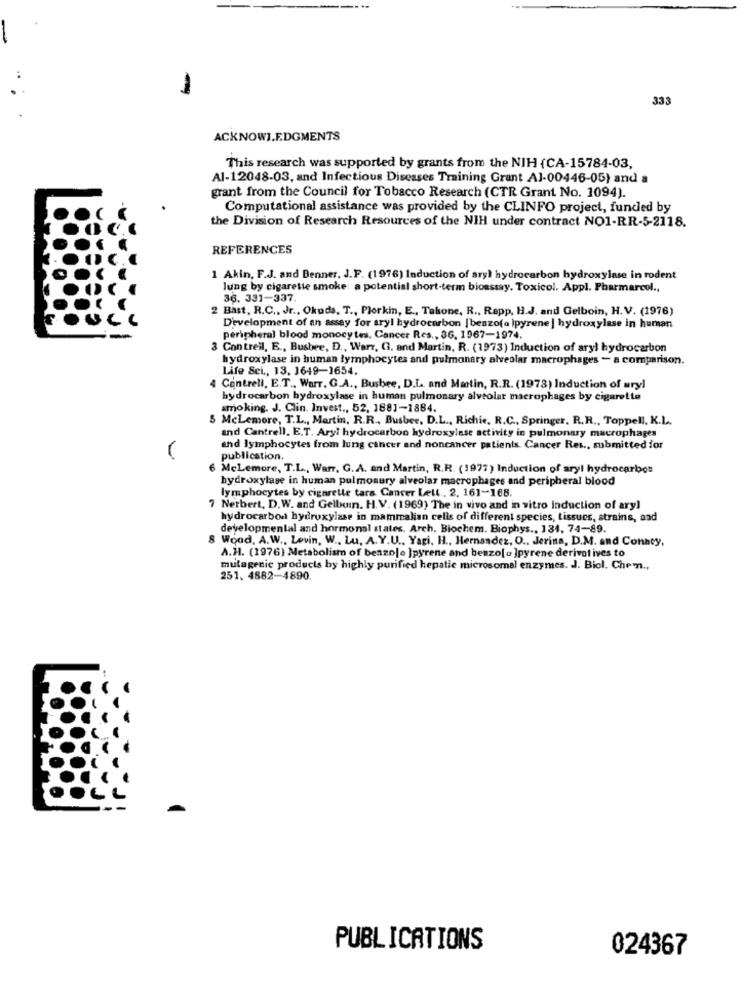
-
333
ACKNOWLEDGMENTS
This research was supported by grants from the NIH (CA-15784-03,
Al-12048-03, and Infectious Diseases Training Grant AJ-00446-05) and a
grant from the Council for Tobacco Research (CTR Grant No. 1094).
Computational assistance was provided by the CLINFO project, funded by
the Division of Research Resources of the NIH under contract NO1-RR-5-2118.
REFERENCES
1 Akin, F.J. and Benner, J.F. (1976) Induction of aryl hydrocarbon hydroxylase in rodent
lung by cigarette smoke: a potential short-term bioassay. Toxicol. Appl. Pharmarcol .,
36. 331-337.
2 Bast, R.C ., Jr ., Okuds. T ., Plorkin, E ., Talone, R ., Rapp, H.J. and Gelboin, H.V. (1976)
Development of an assay for aryl hydrocarbon | benzo(a )pyrene ] hydroxylase in human
peripheral blood monocytes. Cancer Res ., 36, 1967-1974.
3 Contreil, E ., Busbee, D ., Warr, G. and Martin, R. (1973) Induction of aryl hydrocarbon
hydroxylase in human lymphocytes and pulmonary alveolar macrophages - a comparison.
Life Sei ., 13. 1649-1654.
4 Cantrell, E.T ., WarT. G.A ., Busbee, D.L. and Matin, R.R. (1978) Induction of aryl
hydrocarbon hydroxylase in human pulmonary alveolar macrophages by cigarette
smoking. J. Clin. Invest ., 52, 1881-1884.
5 Mclemore, T.L ., Martin, R.R ., Busbee, D.L ., Richie, R.C ., Springer, R.R ., Toppell, K.L.
and Cantrell, E.T. Aryl hydrocarbon hydroxylase activity in pulmonary macrophages
and lymphocytes from lung cancer and noncancer patients. Cancer Res ., submitted for
publication.
6 MeLemore, T.L ., Warr, G. A. and Martin, R.R. (1977) Induction of aryl hydrocarbon
hydroxylase in human pulmonary alveolar macrophages and peripheral blood
lymphocytes by cigarette tara Cancer Lett ., 2. 161-168.
7 Nerbert, D.W. and Gelbuin. H.V. (1969) The in vivo and in vitro induction of ary]
hydrocarbon hydroxylase in mammalian cells of different species, tissues, strains, and
developmental and hormonal states. Arch. Biochem. Biophys ., 134, 74-89.
8 Wood, A.W ., Levin, W ., Lu, A.Y.U ., Yari, H ., Hernandez, O ., Jerina, D.M. and Conhey,
A.H. (1976) Metabolism of benzole ]pyrene and benzo[ a ]pyrene derivol ives to
mutagenic products by highly purified hepatic microsomal enzymes. J. Biol. Chem .,
251, 4882-4890.
PUBLICATIONS
024367